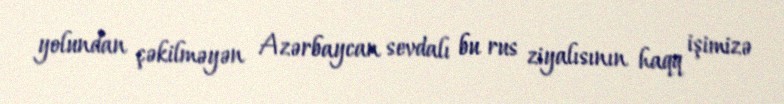
yolundan çəkilməyən Azərbaycan sevdalı bu rus ziyalısının haqq işimizə